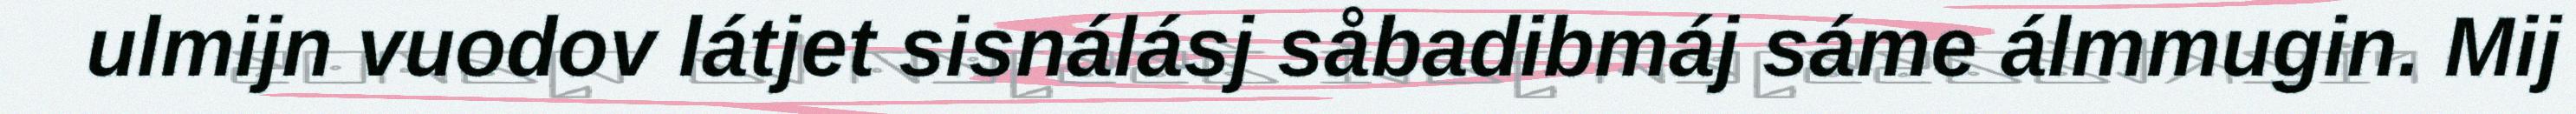
ulmijn vuodov látjet sisnálásj såbadibmáj sáme álmmugin. Mij